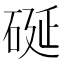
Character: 硟